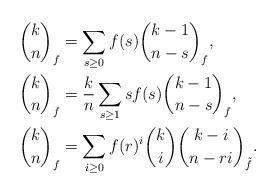
LaTeX: \begin{align*} \binom{k}{n}_f &= \sum_{s\ge 0} f(s)\binom{k-1}{n-s}_f,\\ \binom{k}{n}_f &= \frac{k}{n}\sum_{s\ge 1} sf(s)\binom{k-1}{n-s}_f,\\ \binom{k}{n}_f &= \sum_{i\ge 0} f(r)^i\binom{k}{i}\binom{k-i}{n-ri}_{\tilde{f}}.\end{align*}